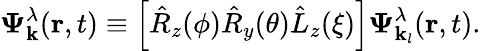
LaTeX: \boldsymbol{\Psi}_{\mathbf{k}}^{\lambda}(\mathbf{r},t)\equiv\left[\hat{R}_{z}(\phi)\hat{R}_{y}(\theta)\hat{L}_{z}(\xi)\right]\boldsymbol{\Psi}_{\mathbf{k}_{l}}^{\lambda}(\mathbf{r},t).